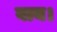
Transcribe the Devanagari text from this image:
बाय।